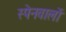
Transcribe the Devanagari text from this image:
स्पेनवालों